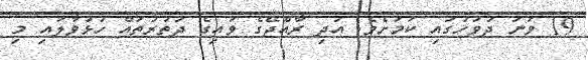
19 ވަނަ ދުވަހުގައި ކަމަށެވެ. އަދި ރާއްޖޭގެ ވައިގެ ދަތުރުތައް ހުޅުވާލައި މި